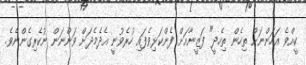
ކީއްވެ އަހަންނަށް ތިހެން ތިހެދީ" ފަޒީނާއަށް ފެންކަޅިވެފައި ހުރެވުނީ އެދެމެދަށް ވަންނަން ނުކެރިގެންނެވެ.